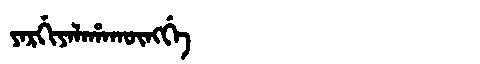
Manchu: ᠶᠠᡵᡤᡳᠶᠠᠯᠠᡥᠠᡴᡡᠩᡤᡝ
Romanization: YARGIYALAHAKŪNGGE